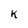
Character: k